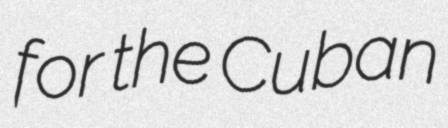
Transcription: for the Cuban